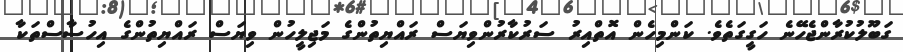
ގަބޫލުކުރާންޖެހޭނެ ހަގީގަތެވެ. ކަންމިހެން އޮތްއިރު ސަރުކާރުންވިޔަސް ރައްޔިތުންގެ މަޖިލީހުން ވިޔަސް ރައްޔިތުންގެ އިހުސާސްތަކާ